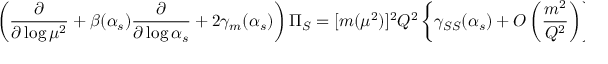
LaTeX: \left( { \frac { \partial } { \partial \log \mu ^ { 2 } } } + \beta ( \alpha _ { s } ) { \frac { \partial } { \partial \log \alpha _ { s } } } + 2 \gamma _ { m } ( \alpha _ { s } ) \right) \Pi _ { S } = [ m ( \mu ^ { 2 } ) ] ^ { 2 } Q ^ { 2 } \left\{ \gamma _ { S S } ( \alpha _ { s } ) + O \left( { \frac { m ^ { 2 } } { Q ^ { 2 } } } \right) \right\}